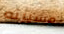
مسيرته